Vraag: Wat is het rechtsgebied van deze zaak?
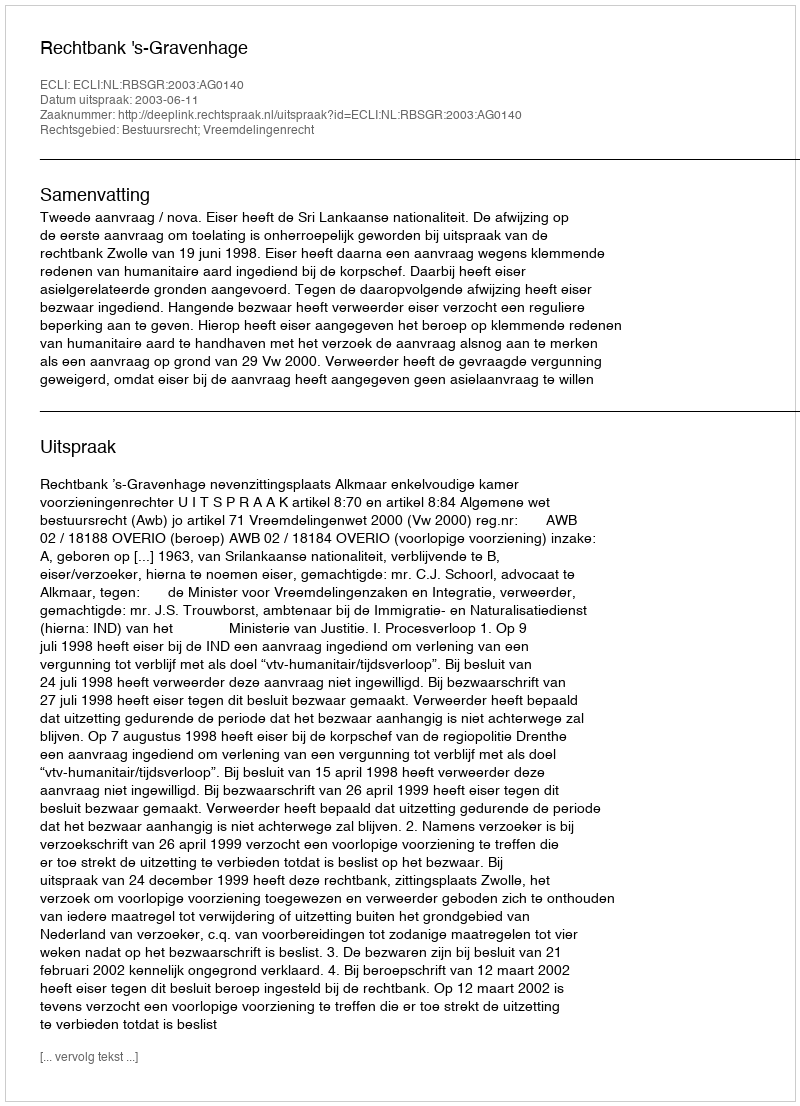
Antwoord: Bestuursrecht; Vreemdelingenrecht